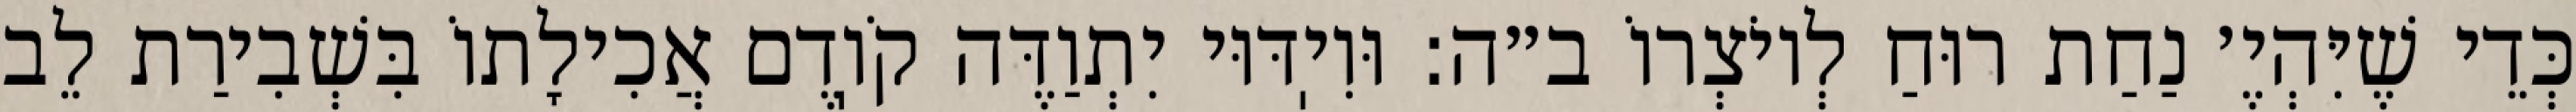
כְּדֵי שֶׁיִּהְיֶ׳ נַחַת רוּחַ לְיוֹצְרוֹ ב״ה: וּוִיֽדּוּי יִתְוַדֶּה קֹוֽדֶם אֲכִילָתוֹ בִּשְׁבִירַת לֵב